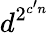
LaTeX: d^{2^{c^{\prime}n}}